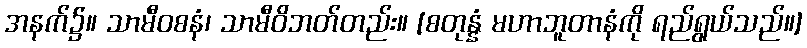
အနက်၌။ သာမီဝစနံ၊ သာမီဝိဘတ်တည်း။ [စတုန္နံ မဟာဘူတာနံကို ရည်ရွယ်သည်။]